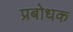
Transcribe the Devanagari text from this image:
प्रबोधक